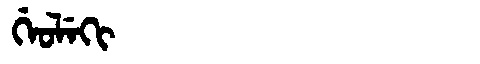
Manchu: ᡤᡝᠣᠯᡝᡴᡳ
Romanization: GEOLEKI